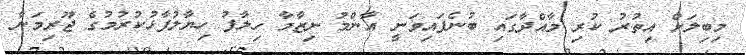
މިބިލަށް އިތުރު ކުރި މާއްދާގައި ބުނެފައިވަނީ އާންމު ނިޒާމާ ހިލާފު ހިޔާލުފާޅުކުރުމުގެ ޖޫރިމަނާ